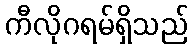
ကီလိုဂရမ်ရှိသည်